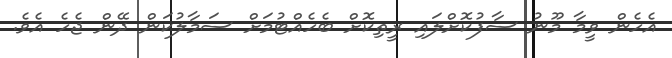
އެހެން ވީމާ މޫނު ސާފުކޮށްލައި ރީތިކޮށް ބެހެއްޓުމަށް ސަމާލުކަން ދޭން ޖެހެ އެވެ.